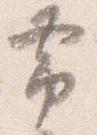
帯